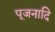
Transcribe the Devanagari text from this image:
पूजनादि